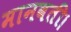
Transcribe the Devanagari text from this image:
मानवती।